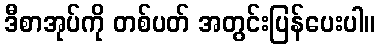
ဒီစာအုပ်ကို တစ်ပတ် အတွင်းပြန်ပေးပါ။